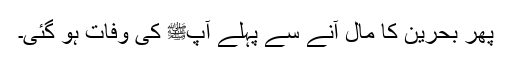
پھر بحرین کا مال آنے سے پہلے آپﷺ کی وفات ہو گئی۔